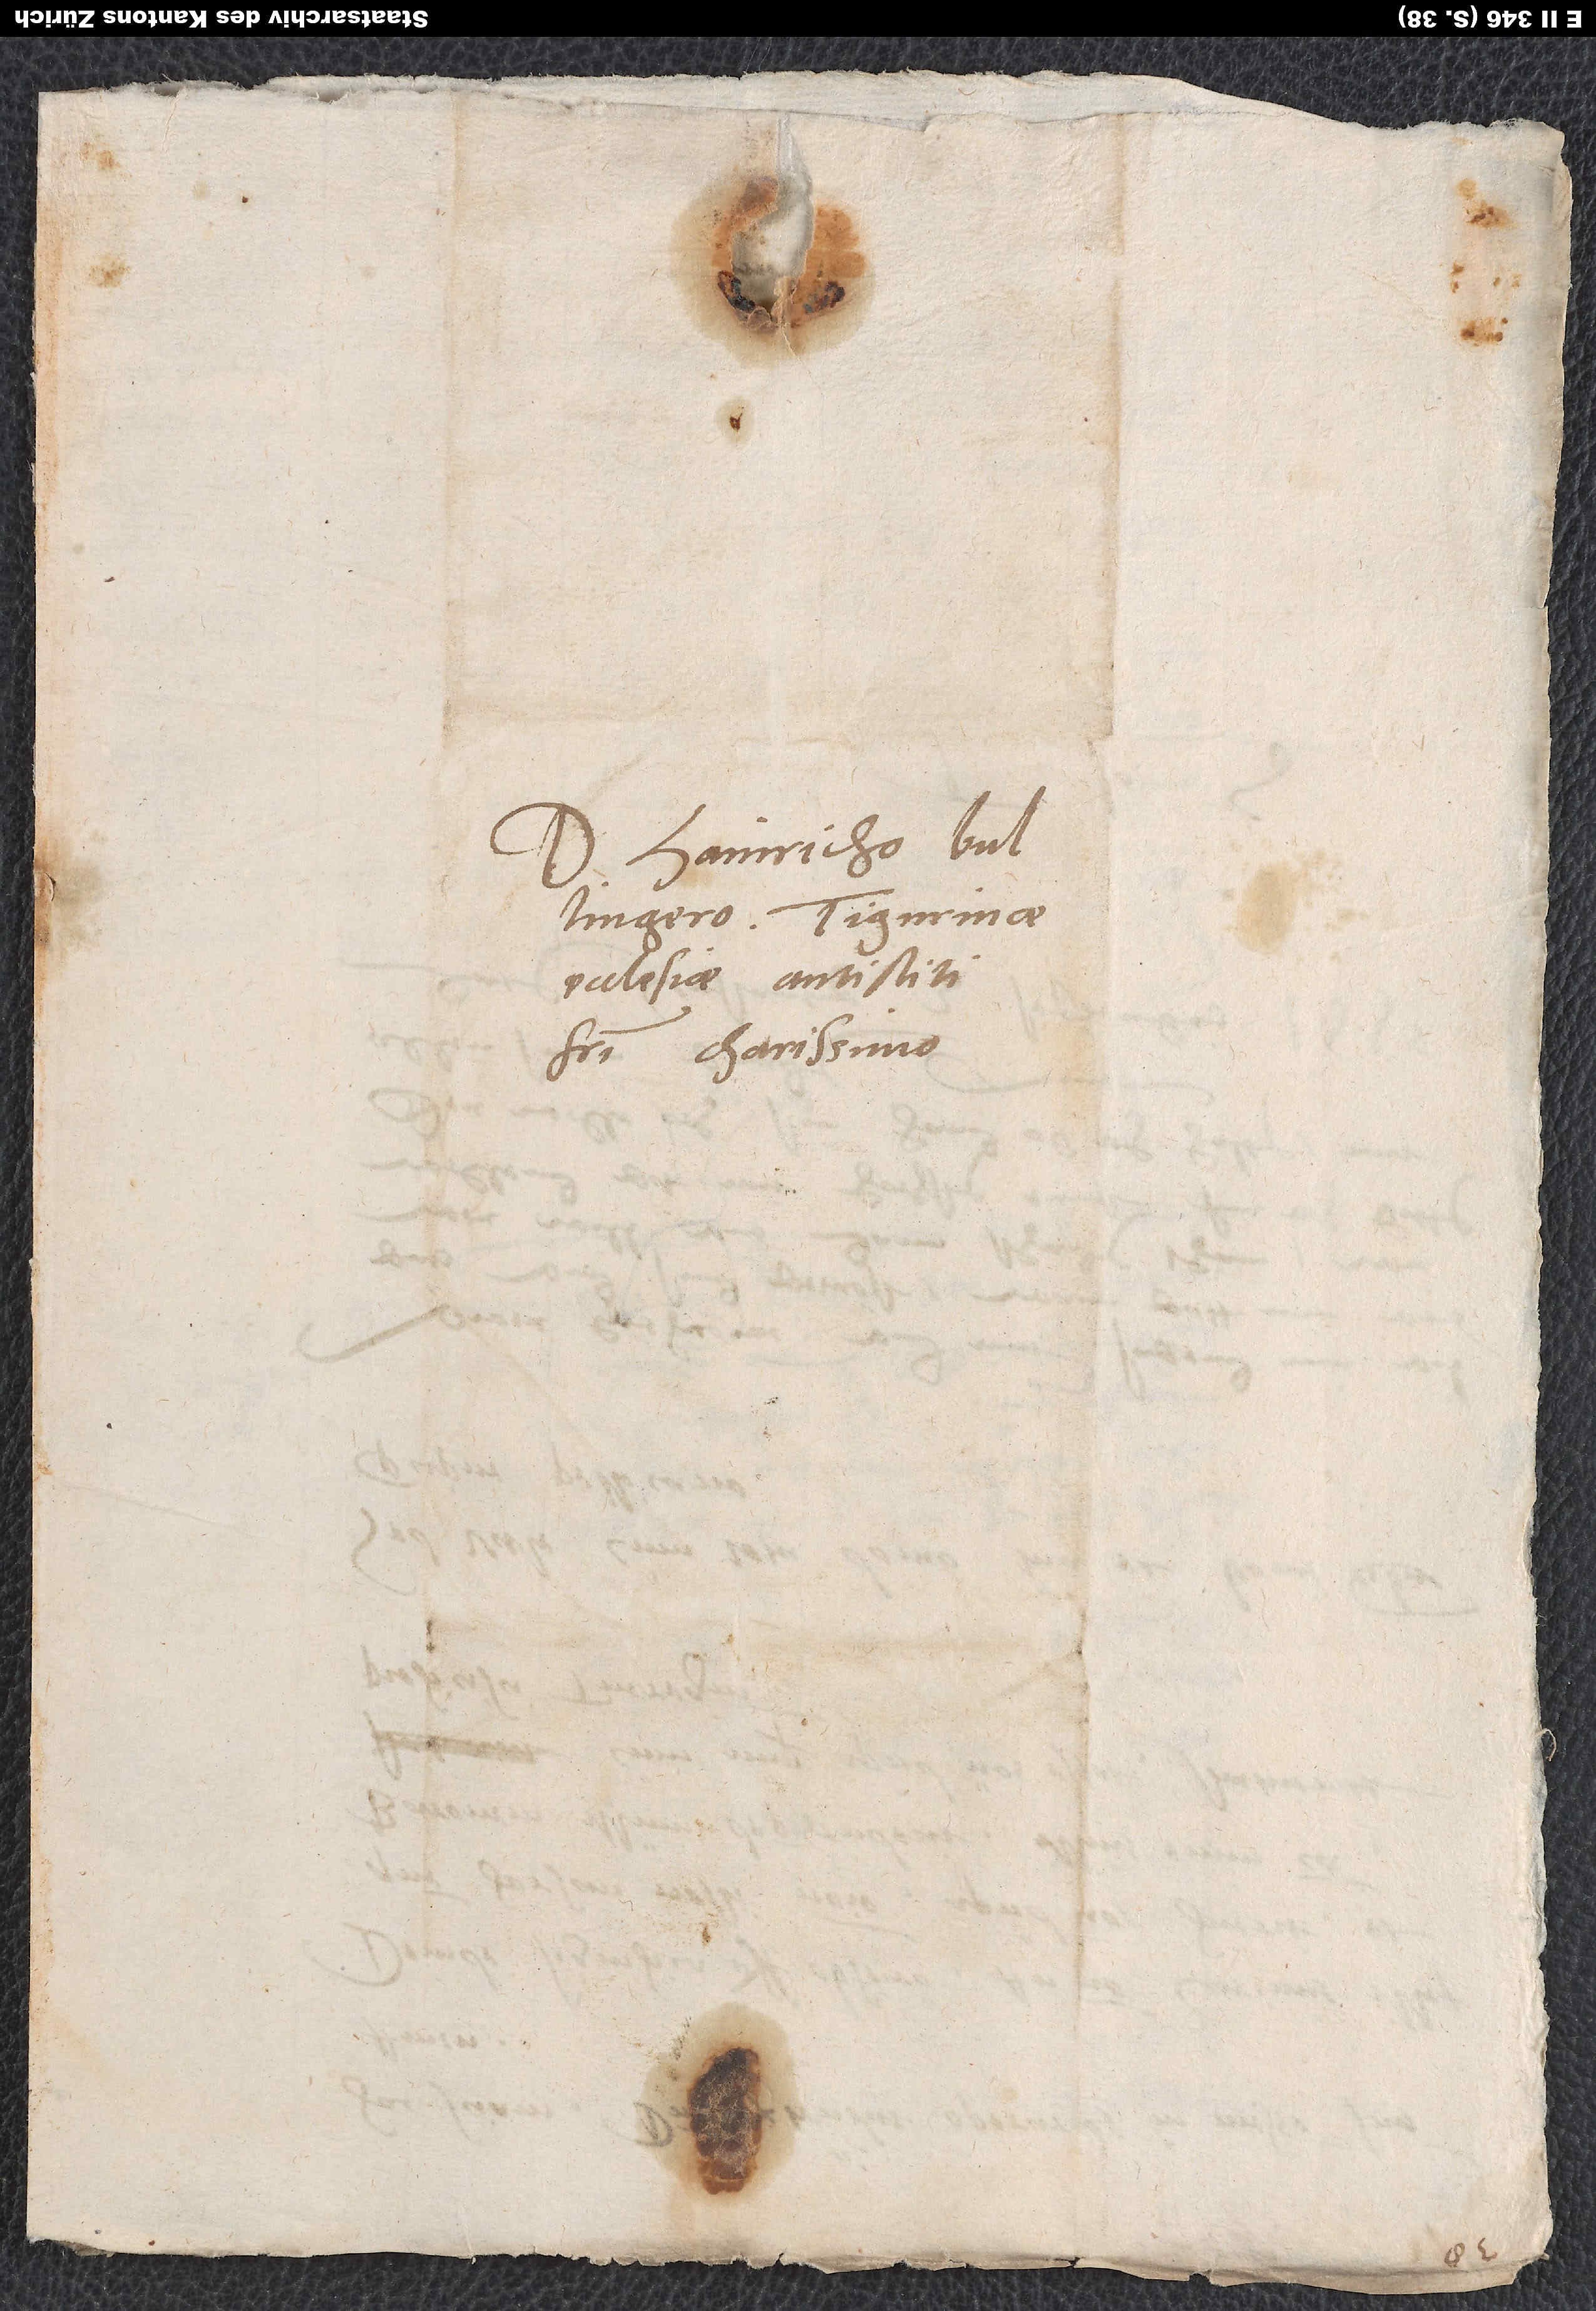
Domino Hainricho
Bullingero, Tigurinae
ecclesiae antistiti,
fratri charissimo.